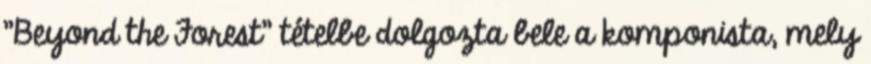
"Beyond the Forest" tételbe dolgozta bele a komponista, mely